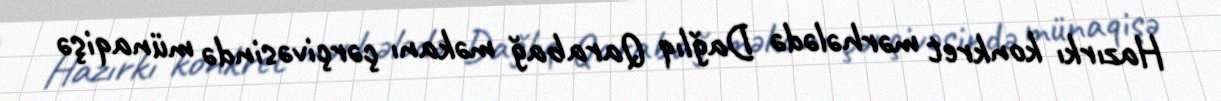
Hazırkı konkret mərhələdə Dağlıq Qarabağ məkanı çərçivəsində münaqişə